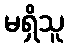
မရှိသူ